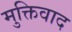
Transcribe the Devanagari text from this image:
मुक्तिवाद